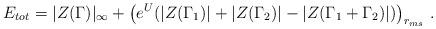
LaTeX: \begin{align*} E_{tot}=|Z(\Gamma)|_{\infty}+ \left( e^U (|Z(\Gamma_1)|+|Z(\Gamma_2)|-|Z(\Gamma_1+\Gamma_2)|) \right)_{r_{ms}} \, .\end{align*}